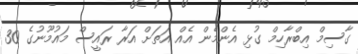
ގާސިމް އިބްރާހިމް ގުޅި އެންމެން އެއް އަތަށް އަރާ ރައީސް މައުމޫނުގެ 30